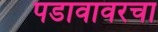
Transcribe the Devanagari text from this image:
पडावावरचा